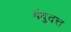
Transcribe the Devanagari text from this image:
बंधुदत्त